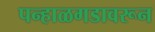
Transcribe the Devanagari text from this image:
पन्हाळगडावरून